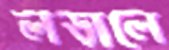
লড়ালে